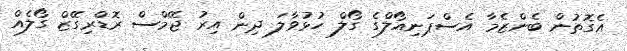
އެގޮތުން ބެންޒެމާ އެސްޕަނިއޯލްގެ ގޯލް ހުޅުވާލަ ދިން އިރު ޖޭމްސް ރޮޑްރިގޭޒް ގޯލެއް